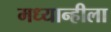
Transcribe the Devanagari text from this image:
मध्यान्हीला